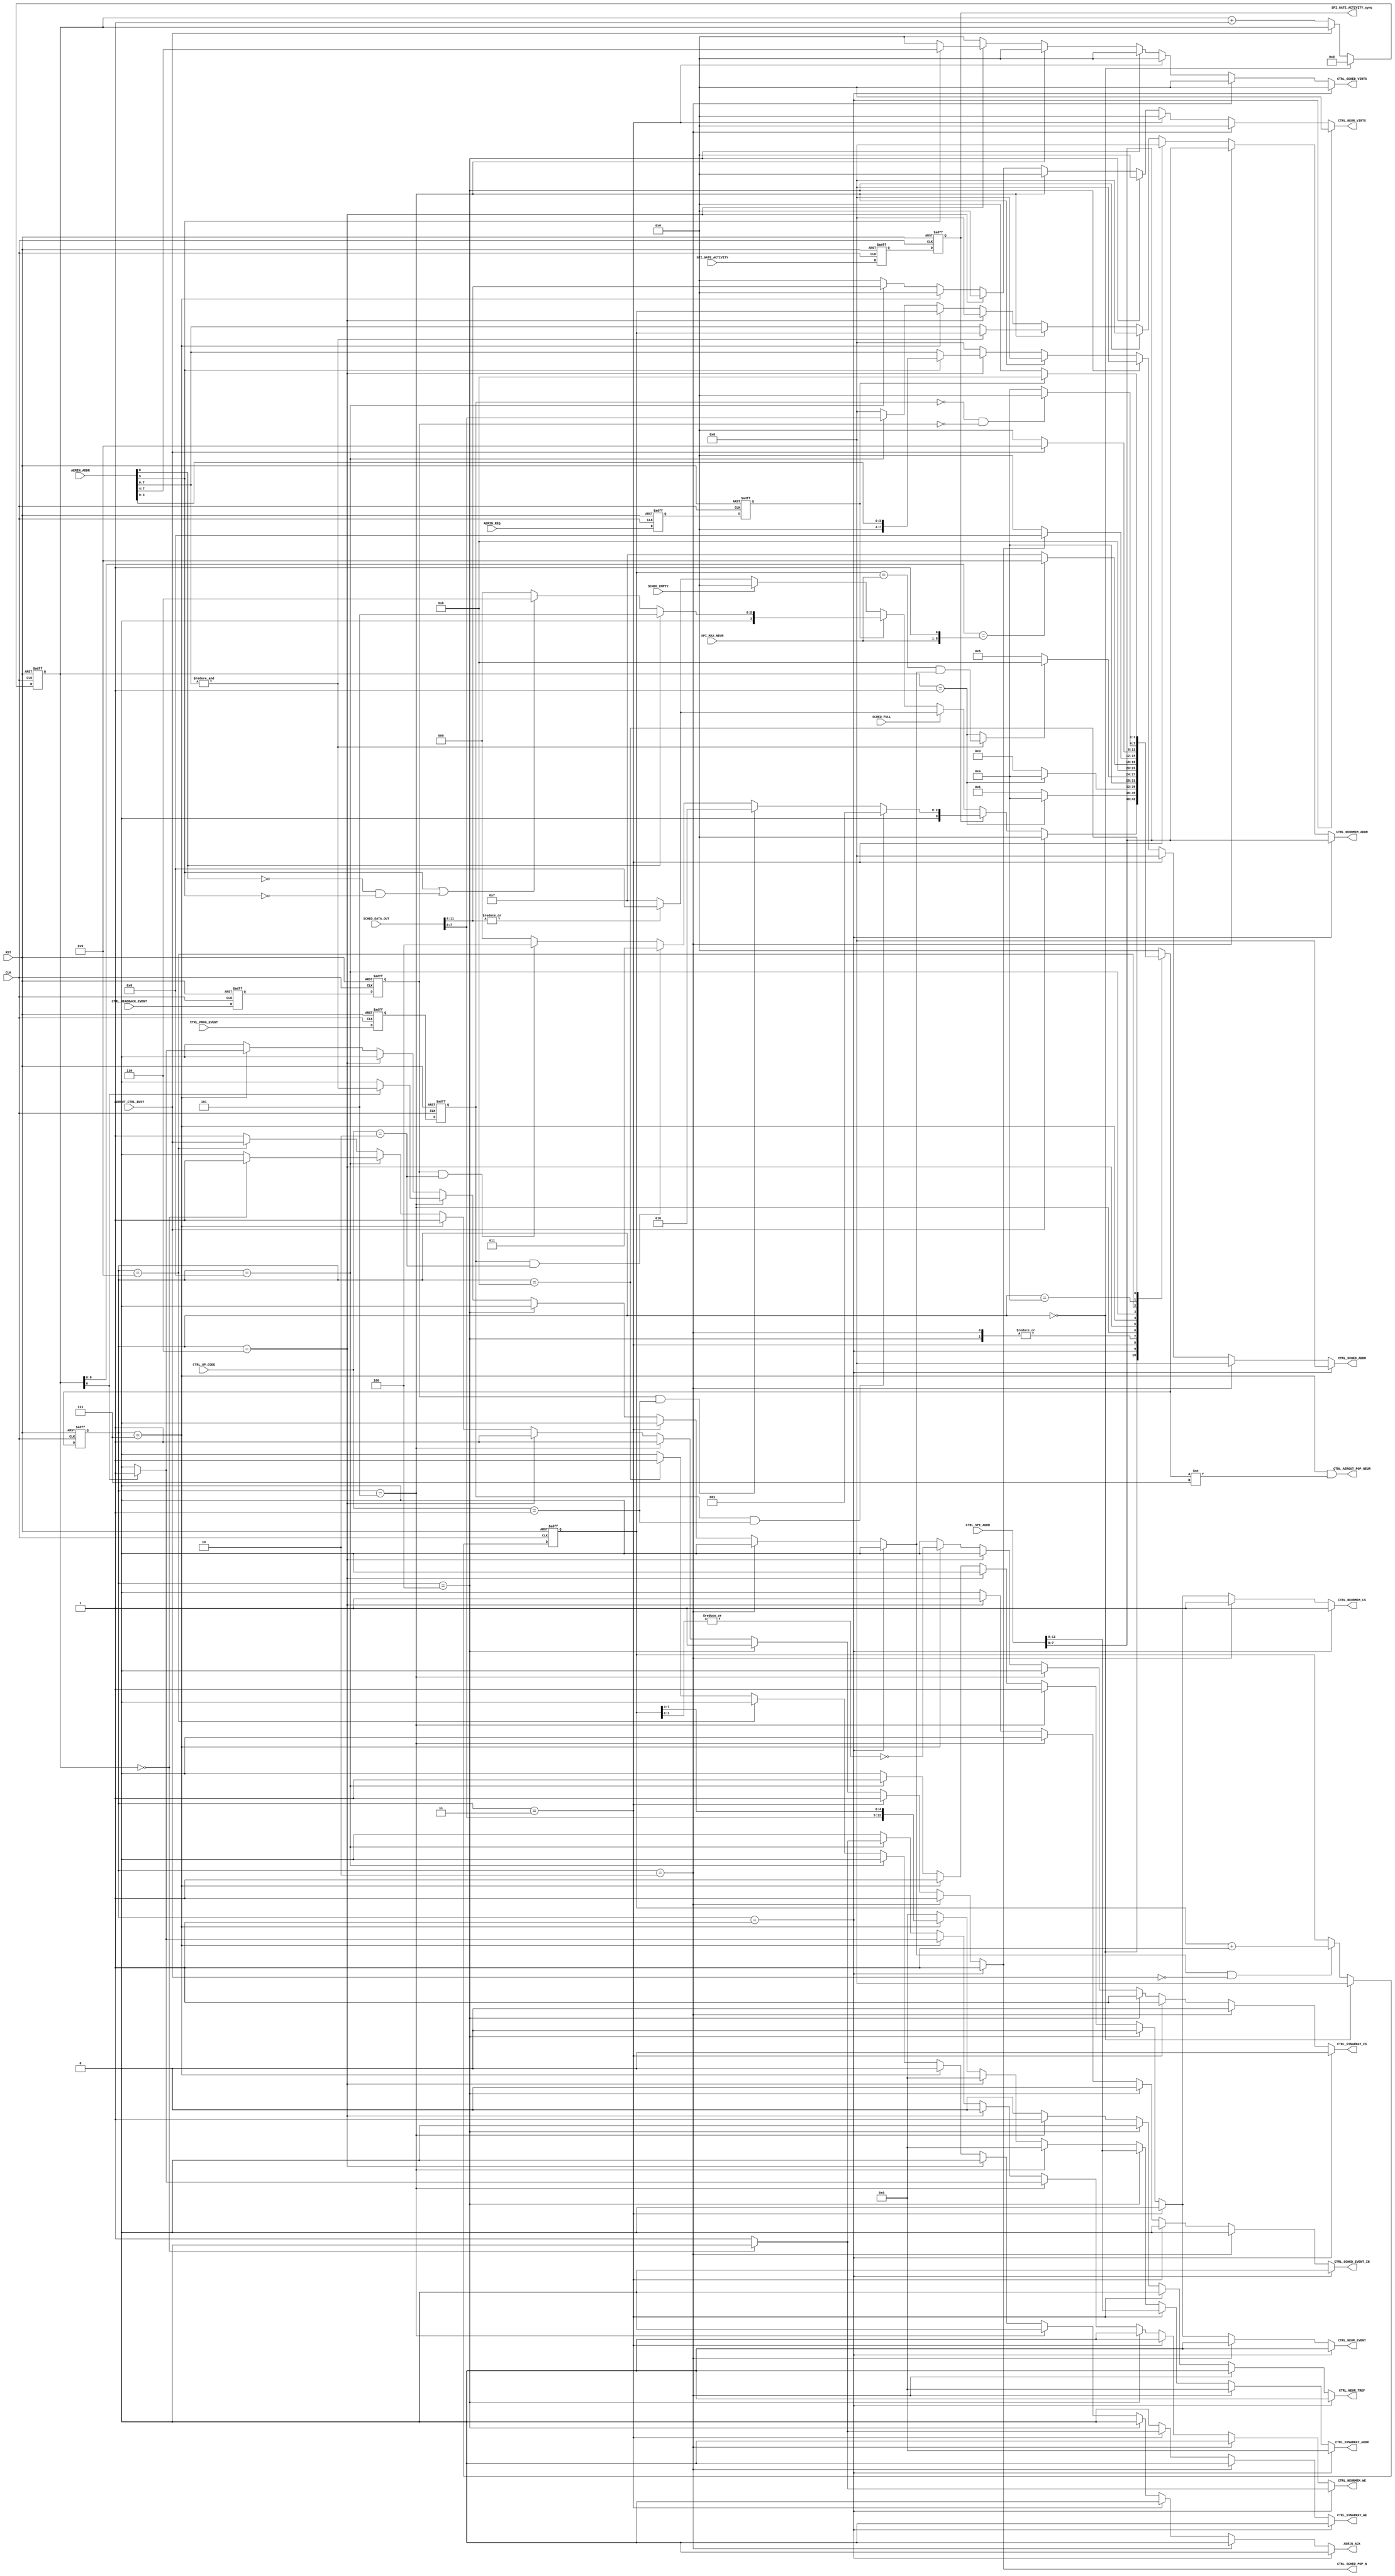
// Copyright (C) 2019-2022, Universit catholique de Louvain (UCLouvain, Belgium), University of Zrich (UZH, Switzerland),
//         Katholieke Universiteit Leuven (KU Leuven, Belgium), and Delft University of Technology (TU Delft, Netherlands).
// SPDX-License-Identifier: Apache-2.0 WITH SHL-2.1
//
// Licensed under the Solderpad Hardware License v 2.1 (the License); you may not use this file except in compliance
// with the License, or, at your option, the Apache License version 2.0. You may obtain a copy of the License at
// https://solderpad.org/licenses/SHL-2.1/
//
// Unless required by applicable law or agreed to in writing, any work distributed under the License is distributed on
// an AS IS BASIS, WITHOUT WARRANTIES OR CONDITIONS OF ANY KIND, either express or implied. See the License for the
// specific language governing permissions and limitations under the License.
//
//------------------------------------------------------------------------------
//
// "controller.v" - Controller module
// 
// Project: tinyODIN - A low-cost digital spiking neuromorphic processor adapted from ODIN.
//
//
// Cite/paper: C. Frenkel, M. Lefebvre, J.-D. Legat and D. Bol, "A 0.086-mm 12.7-pJ/SOP 64k-Synapse 256-Neuron Online-Learning
//             Digital Spiking Neuromorphic Processor in 28-nm CMOS," IEEE Transactions on Biomedical Circuits and Systems,
//             vol. 13, no. 1, pp. 145-158, 2019.
//
//------------------------------------------------------------------------------


module controller #(
    parameter N = 256,
    parameter M = 8
)(    

    // Global inputs ------------------------------------------
    input  wire           CLK,
    input  wire           RST,
    
    // Inputs from AER ----------------------------------------
    input  wire   [M+1:0] AERIN_ADDR,
    input  wire           AERIN_REQ,
    output reg            AERIN_ACK,
    
    // Control interface for readback -------------------------
    input  wire           CTRL_READBACK_EVENT,
    input  wire           CTRL_PROG_EVENT,
    input  wire [2*M-1:0] CTRL_SPI_ADDR,
    input  wire     [1:0] CTRL_OP_CODE,
    
    // Inputs from SPI configuration registers ----------------
    input  wire           SPI_GATE_ACTIVITY, 
    output reg            SPI_GATE_ACTIVITY_sync,
    input  wire   [M-1:0] SPI_MAX_NEUR,
    
    // Inputs from scheduler ----------------------------------
    input  wire           SCHED_EMPTY,
    input  wire           SCHED_FULL,
    input  wire    [11:0] SCHED_DATA_OUT,
    
    // Input from AER output ----------------------------------
    input  wire           AEROUT_CTRL_BUSY,
    
    // Outputs to synaptic core -------------------------------
    output reg            CTRL_SYNARRAY_WE,
    output reg            CTRL_NEURMEM_WE,
    output reg    [ 12:0] CTRL_SYNARRAY_ADDR, 
    output reg    [M-1:0] CTRL_NEURMEM_ADDR,
    output reg            CTRL_SYNARRAY_CS,
    output reg            CTRL_NEURMEM_CS,
    
    // Outputs to neurons -------------------------------------
    output reg            CTRL_NEUR_EVENT, 
    output reg            CTRL_NEUR_TREF,
    output reg      [3:0] CTRL_NEUR_VIRTS,
    
    // Outputs to scheduler -----------------------------------
    output reg            CTRL_SCHED_POP_N,
    output reg    [M-1:0] CTRL_SCHED_ADDR,
    output reg            CTRL_SCHED_EVENT_IN,
    output reg    [  3:0] CTRL_SCHED_VIRTS,
    
    // Output to AER output -----------------------------------
    output wire           CTRL_AEROUT_POP_NEUR
);
    
	//----------------------------------------------------------------------------------
	//	PARAMETERS 
	//----------------------------------------------------------------------------------

	// FSM states 
	localparam WAIT       = 4'd0; 
    localparam W_NEUR     = 4'd1;
    localparam R_NEUR     = 4'd2;
    localparam W_SYN      = 4'd3;
    localparam R_SYN      = 4'd4;
	localparam TREF       = 4'd5;
    localparam PUSH       = 4'd6;
	localparam POP_NEUR   = 4'd7;
    localparam POP_VIRT   = 4'd8;
    localparam AER_POP    = 4'd9;
    localparam WAIT_SPIDN = 4'd10;
    localparam WAIT_REQDN = 4'd11;


	//----------------------------------------------------------------------------------
	//	REGS & WIRES
	//----------------------------------------------------------------------------------
    
    reg          AERIN_REQ_sync_int, AERIN_REQ_sync;
    reg          SPI_GATE_ACTIVITY_sync_int;
    reg          CTRL_READBACK_EVENT_sync_int, CTRL_READBACK_EVENT_sync;
    reg          CTRL_PROG_EVENT_sync_int, CTRL_PROG_EVENT_sync;

    wire         tref_event, virt_event, neuron_event;
    
    reg  [ 31:0] ctrl_cnt;
    reg  [  7:0] neur_cnt;
    reg          neur_cnt_inc;
    
    reg  [  3:0] state, nextstate;
    
	//----------------------------------------------------------------------------------
	//	EVENT TYPE DECODING 
	//----------------------------------------------------------------------------------

    assign tref_event     = AERIN_ADDR[M  ];
    assign virt_event     = AERIN_ADDR[M+1];
    assign neuron_event   = !tref_event && !virt_event;

	//----------------------------------------------------------------------------------
	//	SYNC BARRIERS FROM AER AND FROM SPI
	//----------------------------------------------------------------------------------
    
   always @(posedge CLK, posedge RST) begin
		if(RST) begin
			AERIN_REQ_sync_int           <= 1'b0;
			AERIN_REQ_sync	             <= 1'b0;
            SPI_GATE_ACTIVITY_sync_int   <= 1'b0;
            SPI_GATE_ACTIVITY_sync       <= 1'b0;
            CTRL_READBACK_EVENT_sync_int <= 1'b0;
            CTRL_READBACK_EVENT_sync     <= 1'b0;
            CTRL_PROG_EVENT_sync_int     <= 1'b0;
            CTRL_PROG_EVENT_sync         <= 1'b0;
		end
		else begin
			AERIN_REQ_sync_int           <= AERIN_REQ;
			AERIN_REQ_sync	             <= AERIN_REQ_sync_int;
            SPI_GATE_ACTIVITY_sync_int   <= SPI_GATE_ACTIVITY;
            SPI_GATE_ACTIVITY_sync       <= SPI_GATE_ACTIVITY_sync_int;
            CTRL_READBACK_EVENT_sync_int <= CTRL_READBACK_EVENT;
            CTRL_READBACK_EVENT_sync     <= CTRL_READBACK_EVENT_sync_int;
            CTRL_PROG_EVENT_sync_int     <= CTRL_PROG_EVENT;
            CTRL_PROG_EVENT_sync         <= CTRL_PROG_EVENT_sync_int;
		end
	end
    
	//----------------------------------------------------------------------------------
	//	CONTROL FSM
	//----------------------------------------------------------------------------------
    
    // State register
	always @(posedge CLK, posedge RST)
	begin
		if   (RST) state <= WAIT;
		else       state <= nextstate;
	end
    
	// Next state logic
	always @(*)
		case(state)
			WAIT 		:	if      (AEROUT_CTRL_BUSY)                                                          nextstate = WAIT;
                            else if (SPI_GATE_ACTIVITY_sync)
                                if      (CTRL_PROG_EVENT_sync     && (CTRL_OP_CODE == 2'b01))                   nextstate = W_NEUR;
                                else if (CTRL_READBACK_EVENT_sync && (CTRL_OP_CODE == 2'b01))                   nextstate = R_NEUR;
                                else if (CTRL_PROG_EVENT_sync     && (CTRL_OP_CODE == 2'b10))                   nextstate = W_SYN;
                                else if (CTRL_READBACK_EVENT_sync && (CTRL_OP_CODE == 2'b10))                   nextstate = R_SYN;
                                else                                                                            nextstate = WAIT;
                            else
                                if (SCHED_FULL)
                                    if      (|SCHED_DATA_OUT[11:8])                                             nextstate = POP_VIRT;
                                    else                                                                        nextstate = POP_NEUR;
                                else if (AERIN_REQ_sync)
                                    if      (tref_event)                                                        nextstate = TREF;
                                    else if (virt_event | neuron_event)                                         nextstate = PUSH;
                                    else                                                                        nextstate = WAIT;
                                else if (~SCHED_EMPTY)
                                    if      (|SCHED_DATA_OUT[11:8])                                             nextstate = POP_VIRT;
                                    else                                                                        nextstate = POP_NEUR;
                                else                                                                            nextstate = WAIT;
			W_NEUR    	:   if      (ctrl_cnt == 32'd1 )                                                        nextstate = WAIT_SPIDN;
							else					                                                            nextstate = W_NEUR;
			R_NEUR    	:                                                                                       nextstate = WAIT_SPIDN;
			W_SYN    	:   if      (ctrl_cnt == 32'd1 )                                                        nextstate = WAIT_SPIDN;
							else					                                                            nextstate = W_SYN;
			R_SYN    	:                                                                                       nextstate = WAIT_SPIDN;
			TREF    	:   if      (~&AERIN_ADDR[M-1:0] ? (ctrl_cnt == 32'd1) :
                                                           ((neur_cnt == SPI_MAX_NEUR) && neur_cnt_inc))        nextstate = WAIT_REQDN;
							else					                                                            nextstate = TREF;
            PUSH        :                                                                                       nextstate = WAIT_REQDN;
			POP_NEUR    :   if      (ctrl_cnt[8:0] == {SPI_MAX_NEUR,1'b1})                                      nextstate = AER_POP;
							else					                                                            nextstate = POP_NEUR;                
			POP_VIRT    :   if      (~CTRL_SCHED_POP_N)                                                         nextstate = WAIT;
							else					                                                            nextstate = POP_VIRT;
            AER_POP     :   if      (!AEROUT_CTRL_BUSY)                                                         nextstate = WAIT;
                            else                                                                                nextstate = AER_POP;   
			WAIT_SPIDN 	:   if      (~CTRL_PROG_EVENT_sync && ~CTRL_READBACK_EVENT_sync)                        nextstate = WAIT;
							else					                                                            nextstate = WAIT_SPIDN;
			WAIT_REQDN 	:   if      (~AERIN_REQ_sync)                                                           nextstate = WAIT;
							else					                                                            nextstate = WAIT_REQDN;
			default		:							                                                            nextstate = WAIT;
		endcase 
        
    // Control counter
	always @(posedge CLK, posedge RST)
		if      (RST)               ctrl_cnt <= 32'd0;
        else if (state == WAIT)     ctrl_cnt <= 32'd0;
		else if (!AEROUT_CTRL_BUSY) ctrl_cnt <= ctrl_cnt + 32'd1;
        else                        ctrl_cnt <= ctrl_cnt;
        
    // Time-multiplexed neuron counter
	always @(posedge CLK, posedge RST)
		if      (RST)                                neur_cnt <= 8'd0;
        else if (state == WAIT)                      neur_cnt <= 8'd0;
		else if (neur_cnt_inc && !AEROUT_CTRL_BUSY)  neur_cnt <= neur_cnt + 8'd1;
        else                                         neur_cnt <= neur_cnt;
        
    assign CTRL_AEROUT_POP_NEUR = (state == POP_NEUR) && (nextstate != POP_NEUR);
 
 
 
    // Output logic      
    always @(*) begin
    
        if (state == W_NEUR) begin 
            CTRL_SYNARRAY_ADDR  = 13'b0;
            CTRL_SYNARRAY_CS    = 1'b0;
            CTRL_SYNARRAY_WE    = 1'b0;
            CTRL_NEUR_VIRTS     = 4'b0;
            CTRL_NEUR_EVENT     = 1'b0;
            CTRL_NEUR_TREF      = 1'b0;
            CTRL_SCHED_VIRTS    = 4'b0;
            CTRL_SCHED_ADDR     = 8'b0;
            CTRL_SCHED_EVENT_IN = 1'b0;
            CTRL_SCHED_POP_N    = 1'b1;
            AERIN_ACK           = 1'b0;
            neur_cnt_inc        = 1'b0; 
            
            CTRL_NEURMEM_ADDR   = CTRL_SPI_ADDR[M-1:0];
            CTRL_NEURMEM_CS     = 1'b1;
            if (ctrl_cnt == 32'd0) begin
                CTRL_NEURMEM_WE = 1'b0;
            end else begin
                CTRL_NEURMEM_WE = 1'b1;
            end 
            
        end else if (state == R_NEUR) begin
            CTRL_SYNARRAY_ADDR  = 13'b0;
            CTRL_SYNARRAY_CS    = 1'b0;
            CTRL_SYNARRAY_WE    = 1'b0;
            CTRL_NEUR_VIRTS     = 4'b0;
            CTRL_NEUR_EVENT     = 1'b0;
            CTRL_NEUR_TREF      = 1'b0;
            CTRL_SCHED_VIRTS    = 4'b0;
            CTRL_SCHED_ADDR     = 8'b0;
            CTRL_SCHED_EVENT_IN = 1'b0;
            CTRL_SCHED_POP_N    = 1'b1;
            AERIN_ACK           = 1'b0;
            neur_cnt_inc        = 1'b0; 
            
            CTRL_NEURMEM_ADDR   = CTRL_SPI_ADDR[M-1:0];
            CTRL_NEURMEM_CS     = 1'b1;
            CTRL_NEURMEM_WE     = 1'b0; 
            
        end else if (state == W_SYN) begin
            CTRL_NEURMEM_ADDR   = 8'b0;
            CTRL_NEURMEM_CS     = 1'b0;
            CTRL_NEURMEM_WE     = 1'b0;
            CTRL_NEUR_VIRTS     = 4'b0;
            CTRL_NEUR_EVENT     = 1'b0;
            CTRL_NEUR_TREF      = 1'b0;
            CTRL_SCHED_VIRTS    = 4'b0;
            CTRL_SCHED_ADDR     = 8'b0;
            CTRL_SCHED_EVENT_IN = 1'b0;
            CTRL_SCHED_POP_N    = 1'b1;
            AERIN_ACK           = 1'b0;
            neur_cnt_inc        = 1'b0;  
            
            CTRL_SYNARRAY_ADDR  = CTRL_SPI_ADDR[12:0];
            CTRL_SYNARRAY_CS    = 1'b1;
            if (ctrl_cnt == 32'd0) begin
                CTRL_SYNARRAY_WE = 1'b0;
            end else begin
                CTRL_SYNARRAY_WE = 1'b1;
            end 
            
        end else if (state == R_SYN) begin  
            CTRL_NEURMEM_ADDR   = 8'b0;
            CTRL_NEURMEM_CS     = 1'b0;
            CTRL_NEURMEM_WE     = 1'b0;
            CTRL_NEUR_VIRTS     = 4'b0;
            CTRL_NEUR_EVENT     = 1'b0;
            CTRL_NEUR_TREF      = 1'b0;
            CTRL_SCHED_VIRTS    = 4'b0;
            CTRL_SCHED_ADDR     = 8'b0;
            CTRL_SCHED_EVENT_IN = 1'b0;
            CTRL_SCHED_POP_N    = 1'b1;
            AERIN_ACK           = 1'b0;
            neur_cnt_inc        = 1'b0; 
            
            CTRL_SYNARRAY_ADDR   = CTRL_SPI_ADDR[12:0];
            CTRL_SYNARRAY_CS     = 1'b1;
            CTRL_SYNARRAY_WE     = 1'b0;
            
        end else if (state == TREF) begin
            CTRL_SYNARRAY_ADDR  = 13'b0;
            CTRL_SYNARRAY_CS    = 1'b0;
            CTRL_SYNARRAY_WE    = 1'b0;
            CTRL_NEUR_VIRTS     = 4'b0;
            CTRL_SCHED_VIRTS    = 4'b0;
            CTRL_SCHED_ADDR     = 8'b0;
            CTRL_SCHED_EVENT_IN = 1'b0;
            CTRL_SCHED_POP_N    = 1'b1;
            AERIN_ACK           = 1'b0;
            
            CTRL_NEURMEM_ADDR   = &AERIN_ADDR[M-1:0] ? neur_cnt : AERIN_ADDR[M-1:0];
            CTRL_NEUR_EVENT     = 1'b1;
            CTRL_NEUR_TREF      = 1'b1;
            CTRL_NEURMEM_CS     = 1'b1;
            if (ctrl_cnt[0] == 1'd0) begin
                CTRL_NEURMEM_WE = 1'b0;
                neur_cnt_inc    = 1'b0;
            end else begin
                CTRL_NEURMEM_WE = 1'b1;
                neur_cnt_inc    = &AERIN_ADDR[M-1:0];
            end
        
        end else if (state == PUSH) begin
            CTRL_SYNARRAY_ADDR  = 13'b0;
            CTRL_SYNARRAY_CS    = 1'b0;
            CTRL_SYNARRAY_WE    = 1'b0;
            CTRL_NEURMEM_ADDR   = 8'b0;
            CTRL_NEURMEM_CS     = 1'b0;
            CTRL_NEURMEM_WE     = 1'b0;
            CTRL_NEUR_VIRTS     = 4'b0;
            CTRL_NEUR_EVENT     = 1'b0;
            CTRL_NEUR_TREF      = 1'b0;
            CTRL_SCHED_POP_N    = 1'b1;
            AERIN_ACK           = 1'b0;
            neur_cnt_inc        = 1'b0;
            
            CTRL_SCHED_VIRTS    = AERIN_ADDR[M+1] ?        AERIN_ADDR[M-1:4]  :              4'b0;
            CTRL_SCHED_ADDR     = AERIN_ADDR[M+1] ? {4'h0, AERIN_ADDR[  3:0]} : AERIN_ADDR[M-1:0];
            CTRL_SCHED_EVENT_IN = 1'b1;

        end else if (state == POP_NEUR) begin  
            CTRL_NEUR_VIRTS     = 4'b0;
            CTRL_NEUR_TREF      = 1'b0;
            CTRL_SCHED_VIRTS    = 4'b0;
            CTRL_SCHED_ADDR     = 8'b0;
            CTRL_SCHED_EVENT_IN = 1'b0;
            AERIN_ACK           = 1'b0;
            
            CTRL_SYNARRAY_ADDR  = {SCHED_DATA_OUT[M-1:0],neur_cnt[7:3]};
            CTRL_SYNARRAY_CS    = ~|neur_cnt[2:0];
            CTRL_SYNARRAY_WE    = 1'b0;
            CTRL_NEURMEM_ADDR   = neur_cnt;  
            CTRL_SCHED_POP_N    = 1'b1;
            CTRL_NEUR_EVENT     = 1'b1;
            CTRL_NEURMEM_CS     = 1'b1;
            if (ctrl_cnt[0] == 1'b0) begin
                CTRL_NEURMEM_WE = 1'b0;
                neur_cnt_inc    = 1'b0;
            end else begin
                CTRL_NEURMEM_WE = 1'b1;
                neur_cnt_inc    = 1'b1;    
            end 
        
        end else if (state == POP_VIRT) begin  
            CTRL_SYNARRAY_ADDR  = 13'b0;
            CTRL_SYNARRAY_CS    = 1'b0;
            CTRL_SYNARRAY_WE    = 1'b0;
            CTRL_NEUR_TREF      = 1'b0;
            CTRL_SCHED_VIRTS    = 4'b0;
            CTRL_SCHED_ADDR     = 8'b0;
            CTRL_SCHED_EVENT_IN = 1'b0;
            AERIN_ACK           = 1'b0;
            neur_cnt_inc        = 1'b0;
            
            CTRL_NEURMEM_ADDR   = SCHED_DATA_OUT[M-1:0];
            CTRL_NEUR_VIRTS     = SCHED_DATA_OUT[ 11:M];
            CTRL_NEUR_EVENT     = 1'b1;
            CTRL_NEURMEM_CS     = 1'b1;
            if (ctrl_cnt == 32'd0) begin
                CTRL_NEURMEM_WE  = 1'b0;
                CTRL_SCHED_POP_N = 1'b1;
            end else begin
                CTRL_NEURMEM_WE  = 1'b1;
                CTRL_SCHED_POP_N = 1'b0;
            end
        
        end else if (state == AER_POP) begin  
            CTRL_SYNARRAY_ADDR  = 13'b0;
            CTRL_SYNARRAY_CS    = 1'b0;
            CTRL_SYNARRAY_WE    = 1'b0;
            CTRL_NEURMEM_ADDR   = 8'b0;
            CTRL_NEURMEM_CS     = 1'b0;
            CTRL_NEURMEM_WE     = 1'b0;
            CTRL_NEUR_VIRTS     = 4'b0;
            CTRL_NEUR_EVENT     = 1'b0;
            CTRL_NEUR_TREF      = 1'b0;
            CTRL_SCHED_VIRTS    = 4'b0;
            CTRL_SCHED_ADDR     = 8'b0;
            CTRL_SCHED_EVENT_IN = 1'b0;
            AERIN_ACK           = 1'b0;
            neur_cnt_inc        = 1'b0;

            CTRL_SCHED_POP_N    = AEROUT_CTRL_BUSY;
        
        end else if (state == WAIT_REQDN) begin
            CTRL_SYNARRAY_ADDR  = 13'b0;
            CTRL_SYNARRAY_CS    = 1'b0;
            CTRL_SYNARRAY_WE    = 1'b0;
            CTRL_NEURMEM_ADDR   = 8'b0;
            CTRL_NEURMEM_CS     = 1'b0;
            CTRL_NEURMEM_WE     = 1'b0;
            CTRL_NEUR_VIRTS     = 4'b0;
            CTRL_NEUR_EVENT     = 1'b0;
            CTRL_NEUR_TREF      = 1'b0;
            CTRL_SCHED_VIRTS    = 4'b0;
            CTRL_SCHED_ADDR     = 8'b0;
            CTRL_SCHED_EVENT_IN = 1'b0;
            CTRL_SCHED_POP_N    = 1'b1;
            neur_cnt_inc        = 1'b0;
            
            AERIN_ACK           = 1'b1;

        end else begin
            CTRL_SYNARRAY_ADDR  = 13'b0;
            CTRL_SYNARRAY_CS    = 1'b0;
            CTRL_SYNARRAY_WE    = 1'b0;
            CTRL_NEURMEM_ADDR   = 8'b0;
            CTRL_NEURMEM_CS     = 1'b0;
            CTRL_NEURMEM_WE     = 1'b0;
            CTRL_NEUR_VIRTS     = 4'b0;
            CTRL_NEUR_EVENT     = 1'b0;
            CTRL_NEUR_TREF      = 1'b0;
            CTRL_SCHED_VIRTS    = 4'b0;
            CTRL_SCHED_ADDR     = 8'b0;
            CTRL_SCHED_EVENT_IN = 1'b0;
            CTRL_SCHED_POP_N    = 1'b1;
            AERIN_ACK           = 1'b0;
            neur_cnt_inc        = 1'b0;
        end
    end

    
endmodule